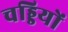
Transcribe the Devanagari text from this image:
चड्डियों